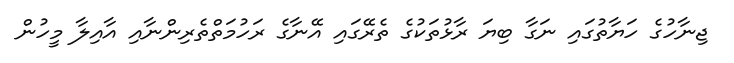
ޖިނާހުގެ ހަޔާތުގައި ނަގާ ބިޔަ ރާޅުތަކުގެ ތެރޭގައި އޭނާގެ ރަހުމަތްތެރިންނާއި އާއިލާ މީހުން